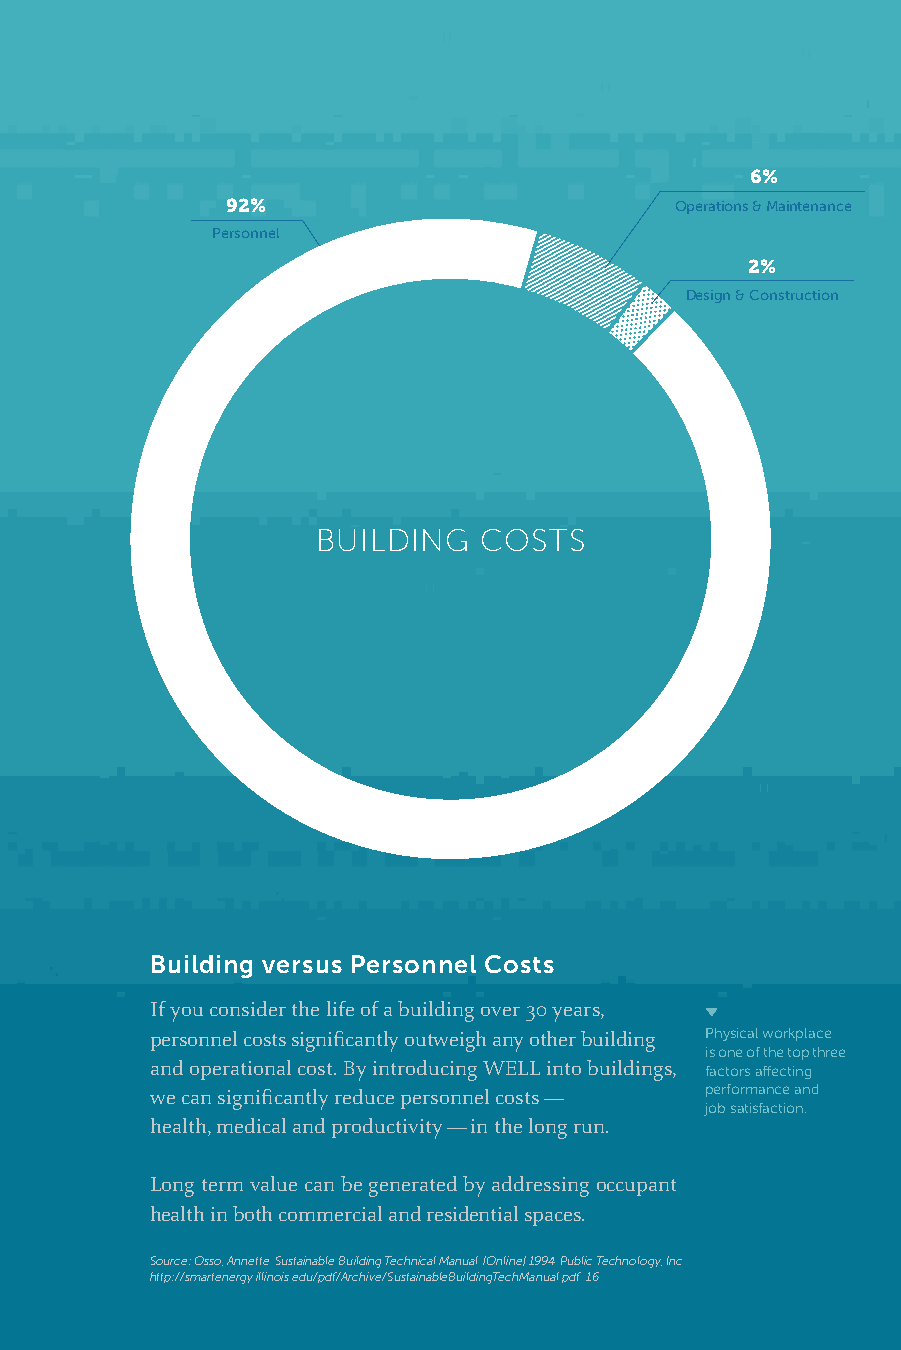
6%
 92%                           Operations & Maintenance
 Personnel
 2%
 Design & Construction
 BUILDING   COSTS
 Building versus Personnel Costs
 If you consider the life of a building over 30 years,
 personnel costs significantly outweigh any other building Physical workplace
 is one of the top three
 and operational cost. By introducing WELL into buildings, factors affecting
 we can significantly reduce personnel costs — performance and
 job satisfaction.
 health, medical and productivity — in the long run.
 Long term value can be generated by addressing occupant
 health in both commercial and residential spaces.
 Source: Osso, Annette. Sustainable Building Technical Manual. [Online] 1994. Public Technology, Inc.
 http://smartenergy.illinois.edu/pdf/Archive/SustainableBuildingTechManual.pdf. 16